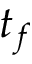
t _ { f }